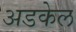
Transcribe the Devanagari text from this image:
अडकेल